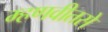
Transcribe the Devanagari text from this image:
म्हणवीतसे